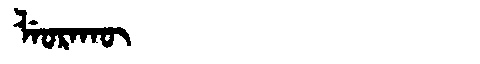
Manchu: ᠯᡝᠣᡵᠠᡴᡡ
Romanization: LEORAKŪ